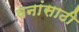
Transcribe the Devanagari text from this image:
वनांसाठी